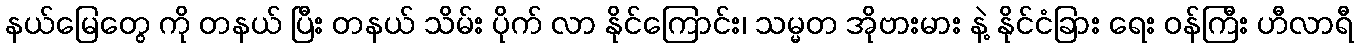
နယ်မြေတွေ ကို တနယ် ပြီး တနယ် သိမ်း ပိုက် လာ နိုင်ကြောင်း၊ သမ္မတ အိုဗားမား နဲ့ နိုင်ငံခြား ရေး ဝန်ကြီး ဟီလာရီ